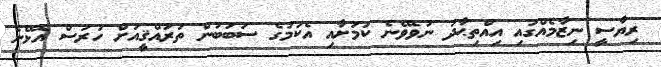
ރިޔާސީ ނިޒާމެއްގައި އިއްތިޙާދު ނުވެވޭނެ ކަމަށާއި އެކަމުގެ ސަބަބުން ތަރައްޤީއަށް ހުރަސް އެޅޭނެ